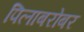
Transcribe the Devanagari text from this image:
पिलाबरोबर